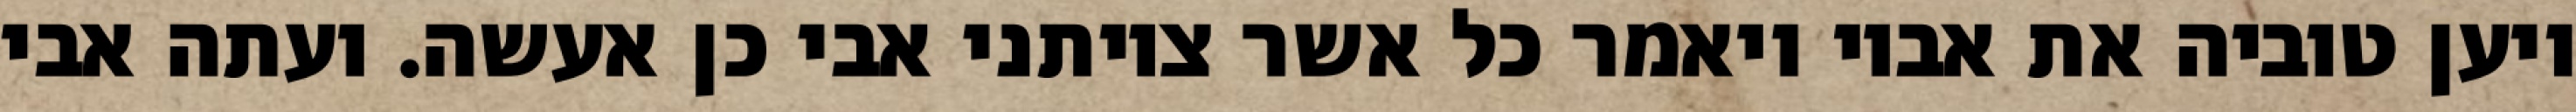
ויען טוביה את אביו ויאמר כל אשר צויתני אבי כן אעשה. ועתה אבי